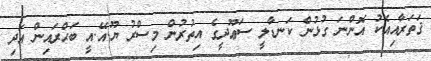
ޤަތަރާއިއެކު އޮންނަ ގުޅުން ކަނޑާލީ ސަޢޫދީގެ އިތުރުން މިސްރު ޔޫ.އޭ.އީ ބަޙްރައިން އަދި